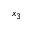
x _ { 3 }